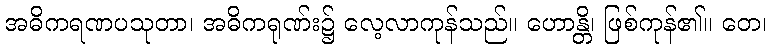
အဓိကရဏပသုတာ၊ အဓိကရုဏ်း၌ လေ့လာကုန်သည်။ ဟောန္တိ၊ ဖြစ်ကုန်၏။ တေ၊